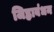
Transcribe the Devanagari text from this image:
जिह्वाबंधन